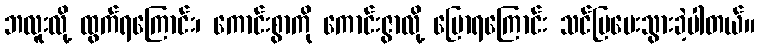
ဘလူးလို့ ထွက်ရကြောင်း၊ ကောင်းစွာကို ကောင်းဇွာလို့ ပြောရကြောင်း သင်ပြပေးသွားခဲ့ပါတယ်။